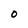
Character: O